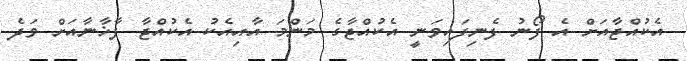
އެކުއްޖާއަށް އެ ފޯނު ފެނިފައިވަނީ އެކުއްޖާގެ މަންމަ އާއިއެކު އެކުއްޖާ ފާޚާނާއަށް ވަދެ